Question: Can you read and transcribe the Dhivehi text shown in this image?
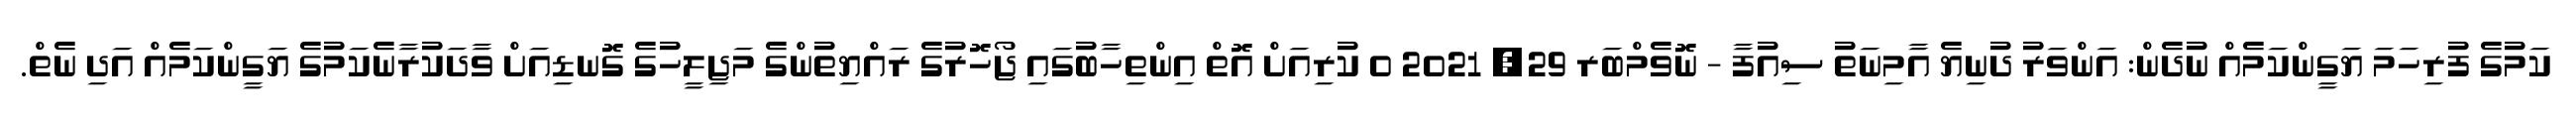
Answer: ކަމުގެ ފުރިހަމަ ޔަގީންކަމެއް ނުދެން: އަންވަރު ދުނިޔެ އާމިނަތު ސިއުފާ - ނޮވެމްބަރ 29, 2021 0 ކުރިއަށް އޮތް އިންތިހާބުގައި ޖޯހޮރުގެ ރައްޔިތުންގެ މަޖިލީހުގެ ގޮނޑިއަށް ވާދަކުރާނެކަމުގެ ޔަގީންކަމެއް އަދި ނެތް.